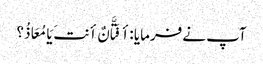
آپ نے فرمایا :أ فَتَّانٌ أنتَ یَا مُعَاذُ؟